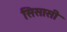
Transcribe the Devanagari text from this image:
सिसासी